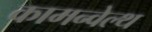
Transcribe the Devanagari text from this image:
कामन्वेल्थ